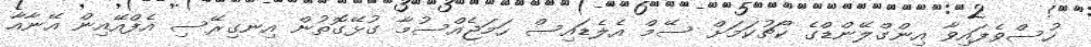
ހުސްވެފައިވާ އިންގްލޭންޑްގެ ކޯޗުކަމަށް ސޭމް އެލެޑައިސް ހަމަޖެއްސުމާ ގުޅޭގޮތުން އިނގިރޭސި އެފްއޭއިން އޭނާއާ